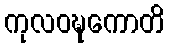
ကုလဝဍ္ဎကောတိ